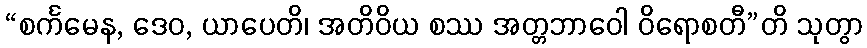
“စင်္ကမေန, ဒေဝ, ယာပေတိ၊ အတိဝိယ စဿ အတ္တဘာဝေါ ဝိရောစတီ”တိ သုတွာ